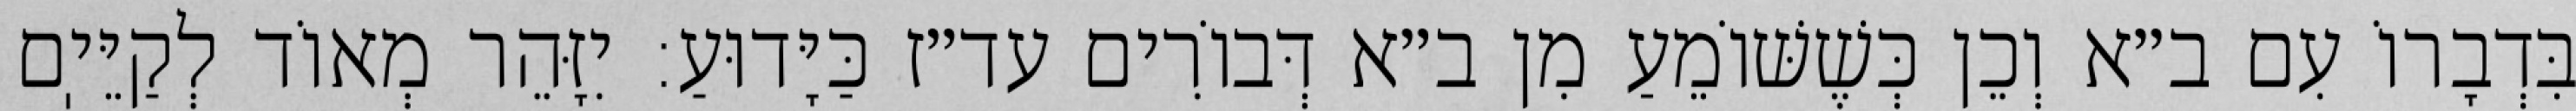
בִּדְבָרוֹ עִם ב״א וְכֵן כְּשֶׁשּׁוֹמֵעַ מִן ב״א דְּבוֹרִים עד״ז כַּיָּדוּעַ: יִזָּהֵר מְאוֹד לְקַיֵּיֽם